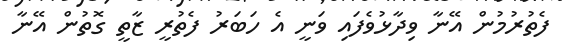
ފެތުރުމުން އޭނާ ވިދާޅުވެފައި ވަނީ އެ ހަބަރު ފެތުރީ ޒާތީ ގޮތުން އޭނާ